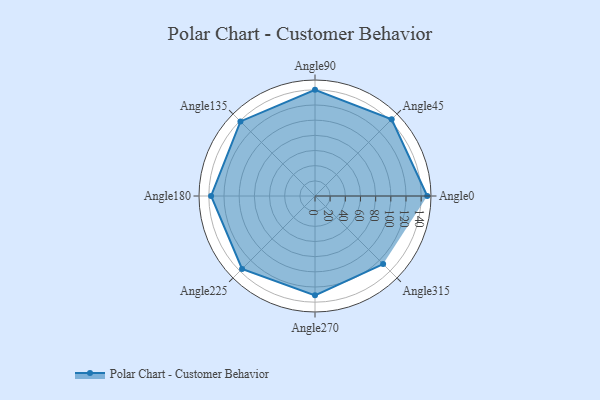
{"axis": {"x": "Angle", "y": "Radius"}, "legend": [""], "data": [{"x": "Angle0", "y": 148.0, "type": ""}, {"x": "Angle45", "y": 143.0, "type": ""}, {"x": "Angle90", "y": 140.0, "type": ""}, {"x": "Angle135", "y": 139.0, "type": ""}, {"x": "Angle180", "y": 137.0, "type": ""}, {"x": "Angle225", "y": 136.0, "type": ""}, {"x": "Angle270", "y": 131.0, "type": ""}, {"x": "Angle315", "y": 127.0, "type": ""}]}